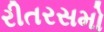
રીતરસમો